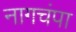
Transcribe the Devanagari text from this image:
नागचंपा